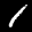
Label: 1